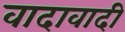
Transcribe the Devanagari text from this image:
वादावादी